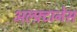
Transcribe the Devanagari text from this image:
अल्फ़्टानेस